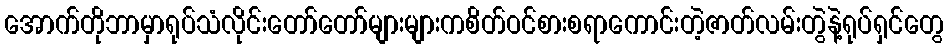
အောက်တိုဘာမှာရုပ်သံလိုင်းတော်တော်များများကစိတ်ဝင်စားစရာကောင်းတဲ့ဇာတ်လမ်းတွဲနဲ့ရုပ်ရှင်တွေ